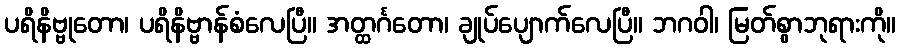
ပရိနိဗ္ဗုတော၊ ပရိနိဗ္ဗာန်စံလေပြီ။ အတ္ထင်္ဂတော၊ ချုပ်ပျောက်လေပြီ။ ဘဂဝါ၊ မြတ်စွာဘုရားကို။